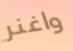
واغنر